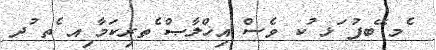
ެމ ޭބފު ަޅ ުކ ވެސް އިޚްލާޞް ެތރިކަމާ ިއ ެތ ުދ